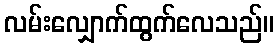
လမ်းလျှောက်ထွက်လေသည်။